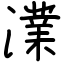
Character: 澲